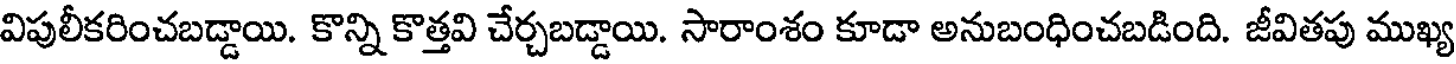
విపులీకరించబడ్డాయి. కొన్ని కొత్తవి చేర్చబడ్డాయి. సారాంశం కూడా అనుబంధించబడింది. జీవితపు ముఖ్య